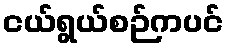
ငယ်ရွယ်စဉ်ကပင်